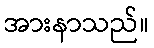
အားနာသည်။